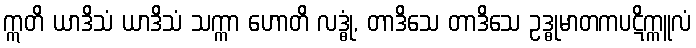
ဣတိ ယာဒိသံ ယာဒိသံ သက္ကာ ဟောတိ လဒ္ဓုံ, တာဒိသေ တာဒိသေ ဥဒ္ဓုမာတကပဋိက္ကူလံ